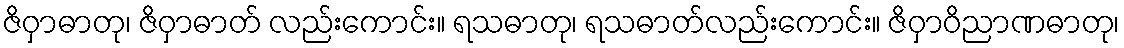
ဇိဝှာဓာတု၊ ဇိဝှာဓာတ် လည်းကောင်း။ ရသဓာတု၊ ရသဓာတ်လည်းကောင်း။ ဇိဝှာဝိညာဏဓာတု၊